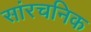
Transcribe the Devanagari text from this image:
सांरचनिक